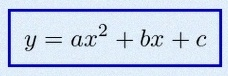
y=ax^2+bx+c